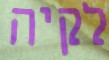
לקיה